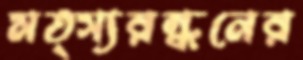
মত্স্যরন্ধনের